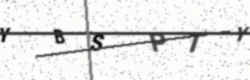
Text: YBSPTY